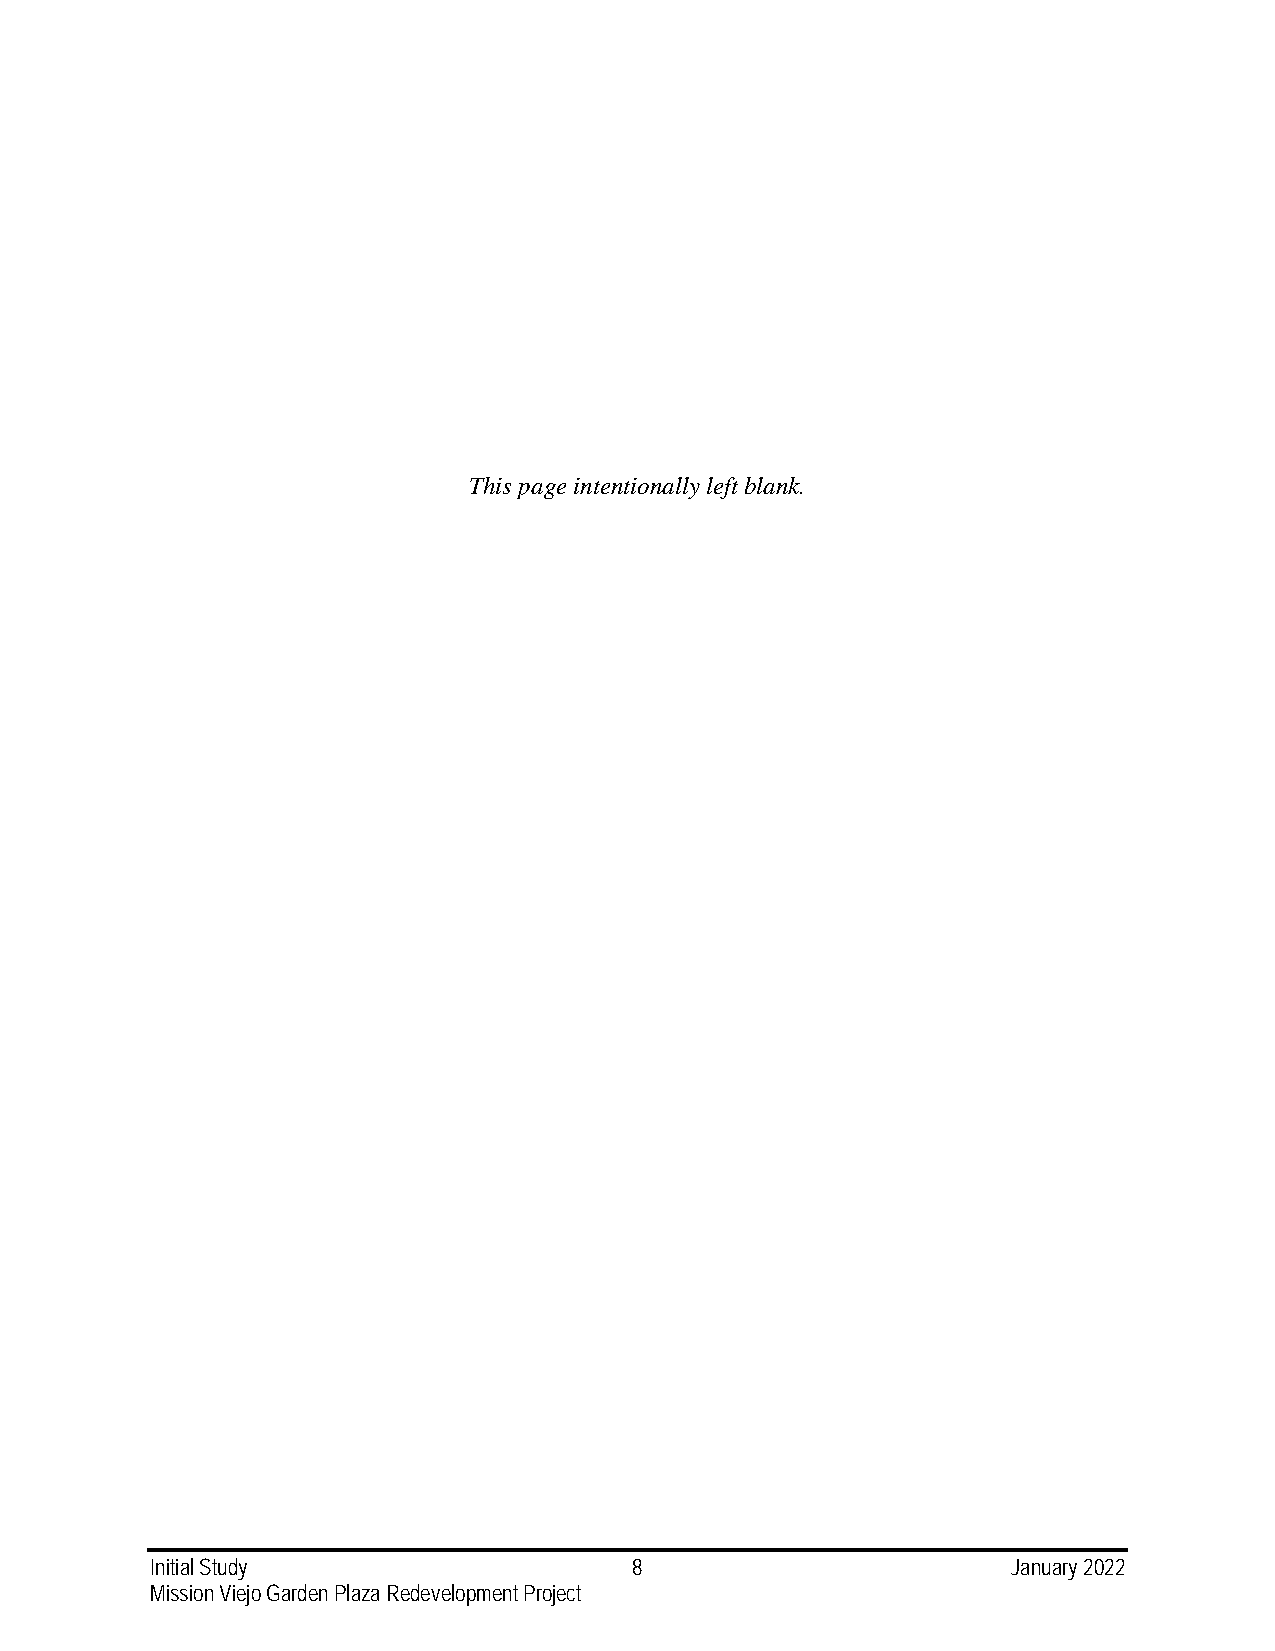
This page intentionally left blank.
 Initial Study                   8                        January 2022
 Mission Viejo Garden Plaza Redevelopment Project